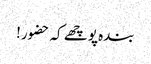
بندہ پوچھے کہ حضور!